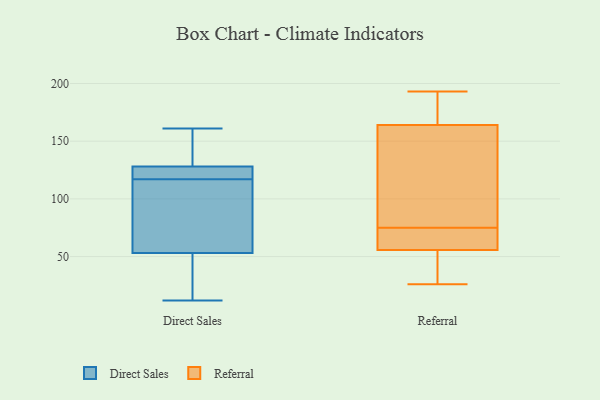
{"axis": {"x": "Budget (USD K)", "y": "Value"}, "legend": ["Direct Sales", "Referral"], "data": [{"x": "", "y": 43, "type": "Direct Sales"}, {"x": "", "y": 161, "type": "Direct Sales"}, {"x": "", "y": 122, "type": "Direct Sales"}, {"x": "", "y": 153, "type": "Direct Sales"}, {"x": "", "y": 122, "type": "Direct Sales"}, {"x": "", "y": 12, "type": "Direct Sales"}, {"x": "", "y": 150, "type": "Direct Sales"}, {"x": "", "y": 118, "type": "Direct Sales"}, {"x": "", "y": 100, "type": "Direct Sales"}, {"x": "", "y": 45, "type": "Direct Sales"}, {"x": "", "y": 27, "type": "Direct Sales"}, {"x": "", "y": 116, "type": "Direct Sales"}, {"x": "", "y": 61, "type": "Direct Sales"}, {"x": "", "y": 72, "type": "Direct Sales"}, {"x": "", "y": 122, "type": "Direct Sales"}, {"x": "", "y": 134, "type": "Direct Sales"}, {"x": "", "y": 26, "type": "Referral"}, {"x": "", "y": 75, "type": "Referral"}, {"x": "", "y": 74, "type": "Referral"}, {"x": "", "y": 70, "type": "Referral"}, {"x": "", "y": 115, "type": "Referral"}, {"x": "", "y": 183, "type": "Referral"}, {"x": "", "y": 51, "type": "Referral"}, {"x": "", "y": 51, "type": "Referral"}, {"x": "", "y": 193, "type": "Referral"}, {"x": "", "y": 152, "type": "Referral"}, {"x": "", "y": 168, "type": "Referral"}]}